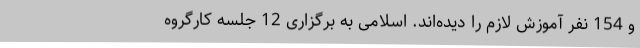
و 154 نفر آموزش لازم را دیده‌اند. اسلامی به برگزاری 12 جلسه کارگروه